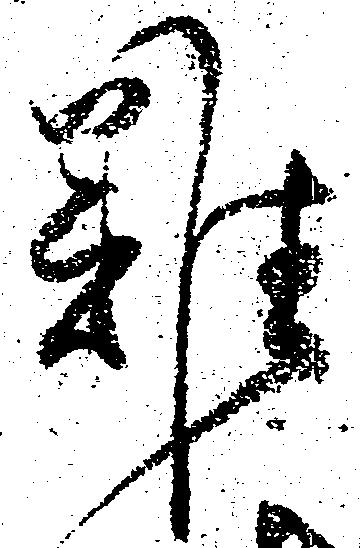
難